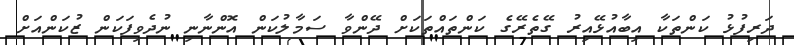
ދަރިފުޅު ކަންތަކާ އިބާއުޅޭއިރު ގޭތެރޭގެ ކަންތައްތަކަށް ދޭންވާ ސަމާލުކަން އޮންނާނި ނުދެވިފަކަން ޒުކަންއަށް